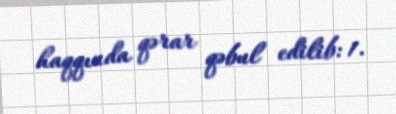
haqqında qərar qəbul edilib: 1.